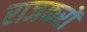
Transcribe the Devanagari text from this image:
राजकरों